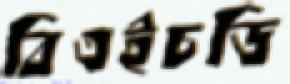
বিএইচডি